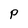
Character: p